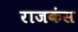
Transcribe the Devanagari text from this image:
राजकंस